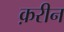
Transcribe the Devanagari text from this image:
क़रीन